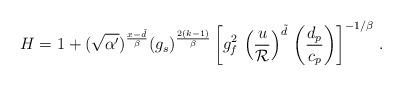
LaTeX: \begin{align*}H=1 + (\sqrt{\alpha^\prime})^{{x - \tilde d \over \beta}} (g_s)^{{2(k-1)\over \beta}}\left[g_f^2 \, \left({u \over {\cal R}}\right)^{\tilde d} \, \left({d_p \over c_p}\right) \right]^{-1/\beta} \, .\end{align*}